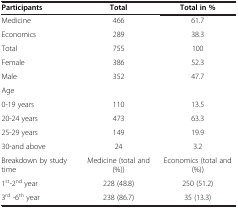
| Participants | Total | Total in % |
 | --- | --- | --- |
 | Medicine | 466 | 61.7 |
 | Economics | 289 | 38.3 |
 | Total | 755 | 100 |
 | Female | 386 | 52.3 |
 | Male | 352 | 47.7 |
 | Age |  |  |
 | 0-19 years | 110 | 13.5 |
 | 20-24 years | 473 | 63.3 |
 | 25-29 years | 149 | 19.9 |
 | 30-and above | 24 | 3.2 |
 | Breakdown by study time | Medicine (total and (%)) | Economics (total and (%)) |
 | 1st-2nd year | 228 (48.8) | 250 (51.2) |
 | 3rd -6th year | 238 (86.7) | 35 (13.3) |